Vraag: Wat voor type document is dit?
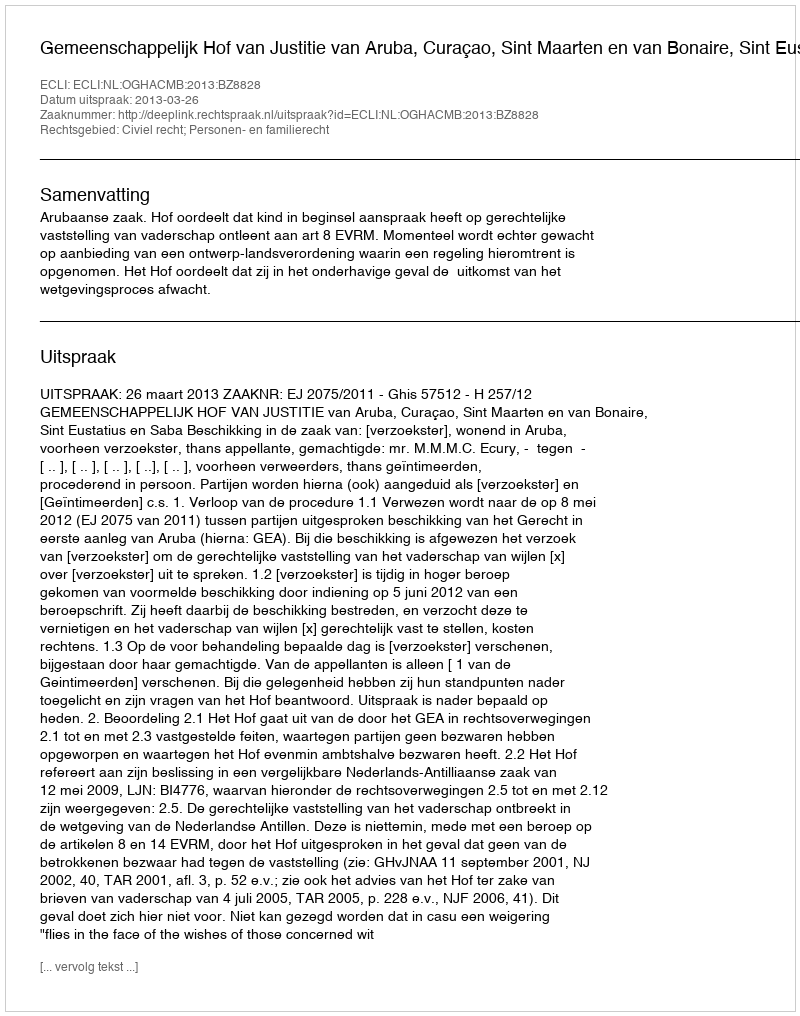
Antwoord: Uitspraak